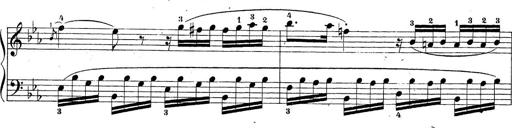
Title: Sonatina Album
Composer: Louis KÃ¶hler